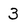
Character: 3